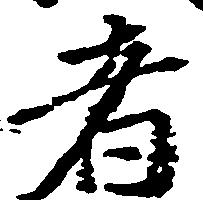
者